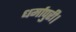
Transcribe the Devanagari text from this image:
धर्मापुरी।